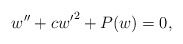
\begin{align*}w'' + c {w'}^2 + P(w) = 0,\end{align*}